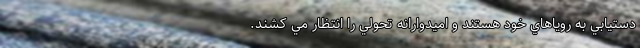
دستيابي به روياهاي خود هستند و اميدوارانه تحولي را انتظار مي کشند.